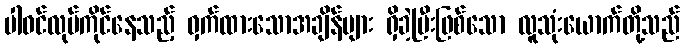
ပါဝင်လုပ်ကိုင်နေသည့် ဝှက်ထားသောအချိန်များ ရှိခဲ့ပြီးဖြစ်သော လူသုံးယောက်တို့သည်